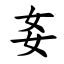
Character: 㚣